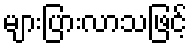
များပြားလာသဖြင့်